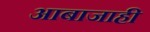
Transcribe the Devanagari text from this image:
आबाजाही